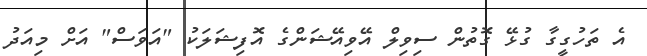
އެ ތަހުގީގާ ގުޅޭ ގޮތުން ސިވިލް އޭވިއޭޝަންގެ އޮފިޝަލަކު "އަވަސް" އަށް މިއަދު